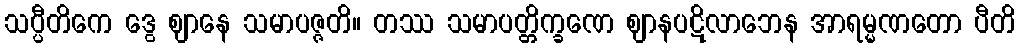
သပ္ပီတိကေ ဒွေ ဈာနေ သမာပဇ္ဇတိ။ တဿ သမာပတ္တိက္ခဏေ ဈာနပဋိလာဘေန အာရမ္မဏတော ပီတိ